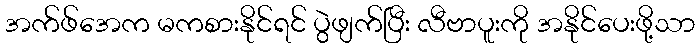
အက်ဖ်အေက မကစားနိုင်ရင် ပွဲဖျက်ပြီး လီဗာပူးကို အနိုင်ပေးဖို့သာ